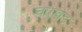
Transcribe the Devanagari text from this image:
चारखंड